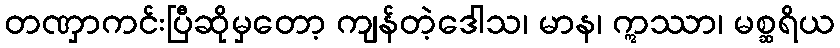
တဏှာကင်းပြီဆိုမှတော့ ကျန်တဲ့ဒေါသ၊ မာန၊ ဣဿာ၊ မစ္ဆရိယ